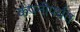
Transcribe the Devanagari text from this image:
कंपनीपर्यंत